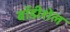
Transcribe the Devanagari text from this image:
बॉडीशेल